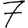
Digit: 7